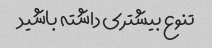
تنوع بیشتری داشته باشید